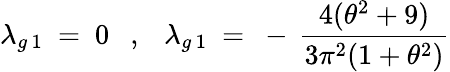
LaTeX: \lambda_{g\, 1}~=~0~~~,~~~\lambda_{g\, 1}~=~-\, \frac{4(\theta^{2}+9)}{3\pi^{2}(1+\theta^{2})}